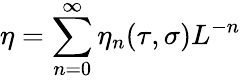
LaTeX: \eta=\sum_{n=0}^{\infty}\eta_{n}(\tau,\sigma)L^{-n}